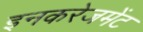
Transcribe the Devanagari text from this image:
इनकरेजमेंट